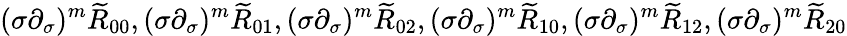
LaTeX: (\sigma\partial_{\sigma})^{m}\widetilde{R}_{00},(\sigma\partial_{\sigma})^{m}\widetilde{R}_{01},(\sigma\partial_{\sigma})^{m}\widetilde{R}_{02},(\sigma\partial_{\sigma})^{m}\widetilde{R}_{10},(\sigma\partial_{\sigma})^{m}\widetilde{R}_{12},(\sigma\partial_{\sigma})^{m}\widetilde{R}_{20}